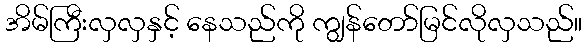
အိမ်ကြီးလှလှနှင့် နေသည်ကို ကျွန်တော်မြင်လိုလှသည်။